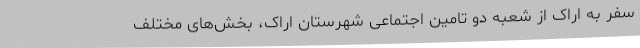
سفر به اراک از شعبه دو تامین اجتماعی شهرستان اراک، بخش‌های مختلف